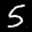
Label: 5